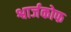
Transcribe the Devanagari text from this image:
श्वार्जकोफ